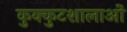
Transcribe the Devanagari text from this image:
कुक्कुटशालाओं